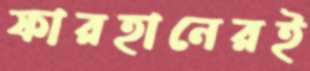
ফারহানেরই